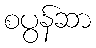
စပွန်ဆာ